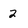
Character: 2